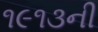
૧૯૧૩ની